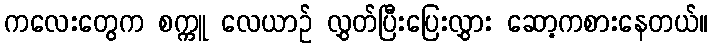
ကလေးတွေက စက္ကူ လေယာဉ် လွှတ်ပြီးပြေးလွှား ဆော့ကစားနေတယ်။